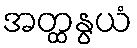
အတ္ထနွယံ